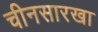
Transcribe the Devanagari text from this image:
चीनसारखा